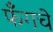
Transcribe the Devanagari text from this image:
फँगचे